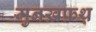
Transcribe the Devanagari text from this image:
मुनख़फ़थ़